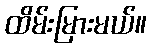
ထိမ်းမြားမယ်။